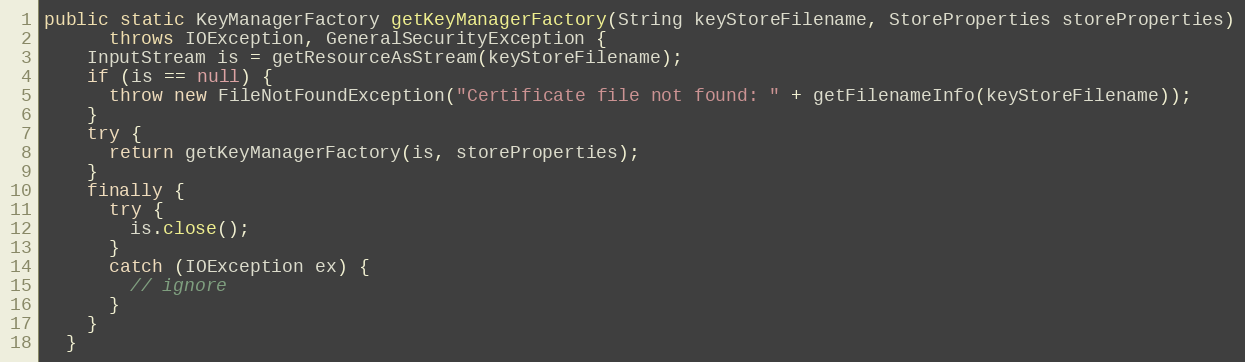
Language: Java
public static KeyManagerFactory getKeyManagerFactory(String keyStoreFilename, StoreProperties storeProperties)
      throws IOException, GeneralSecurityException {
    InputStream is = getResourceAsStream(keyStoreFilename);
    if (is == null) {
      throw new FileNotFoundException("Certificate file not found: " + getFilenameInfo(keyStoreFilename));
    }
    try {
      return getKeyManagerFactory(is, storeProperties);
    }
    finally {
      try {
        is.close();
      }
      catch (IOException ex) {
        // ignore
      }
    }
  }